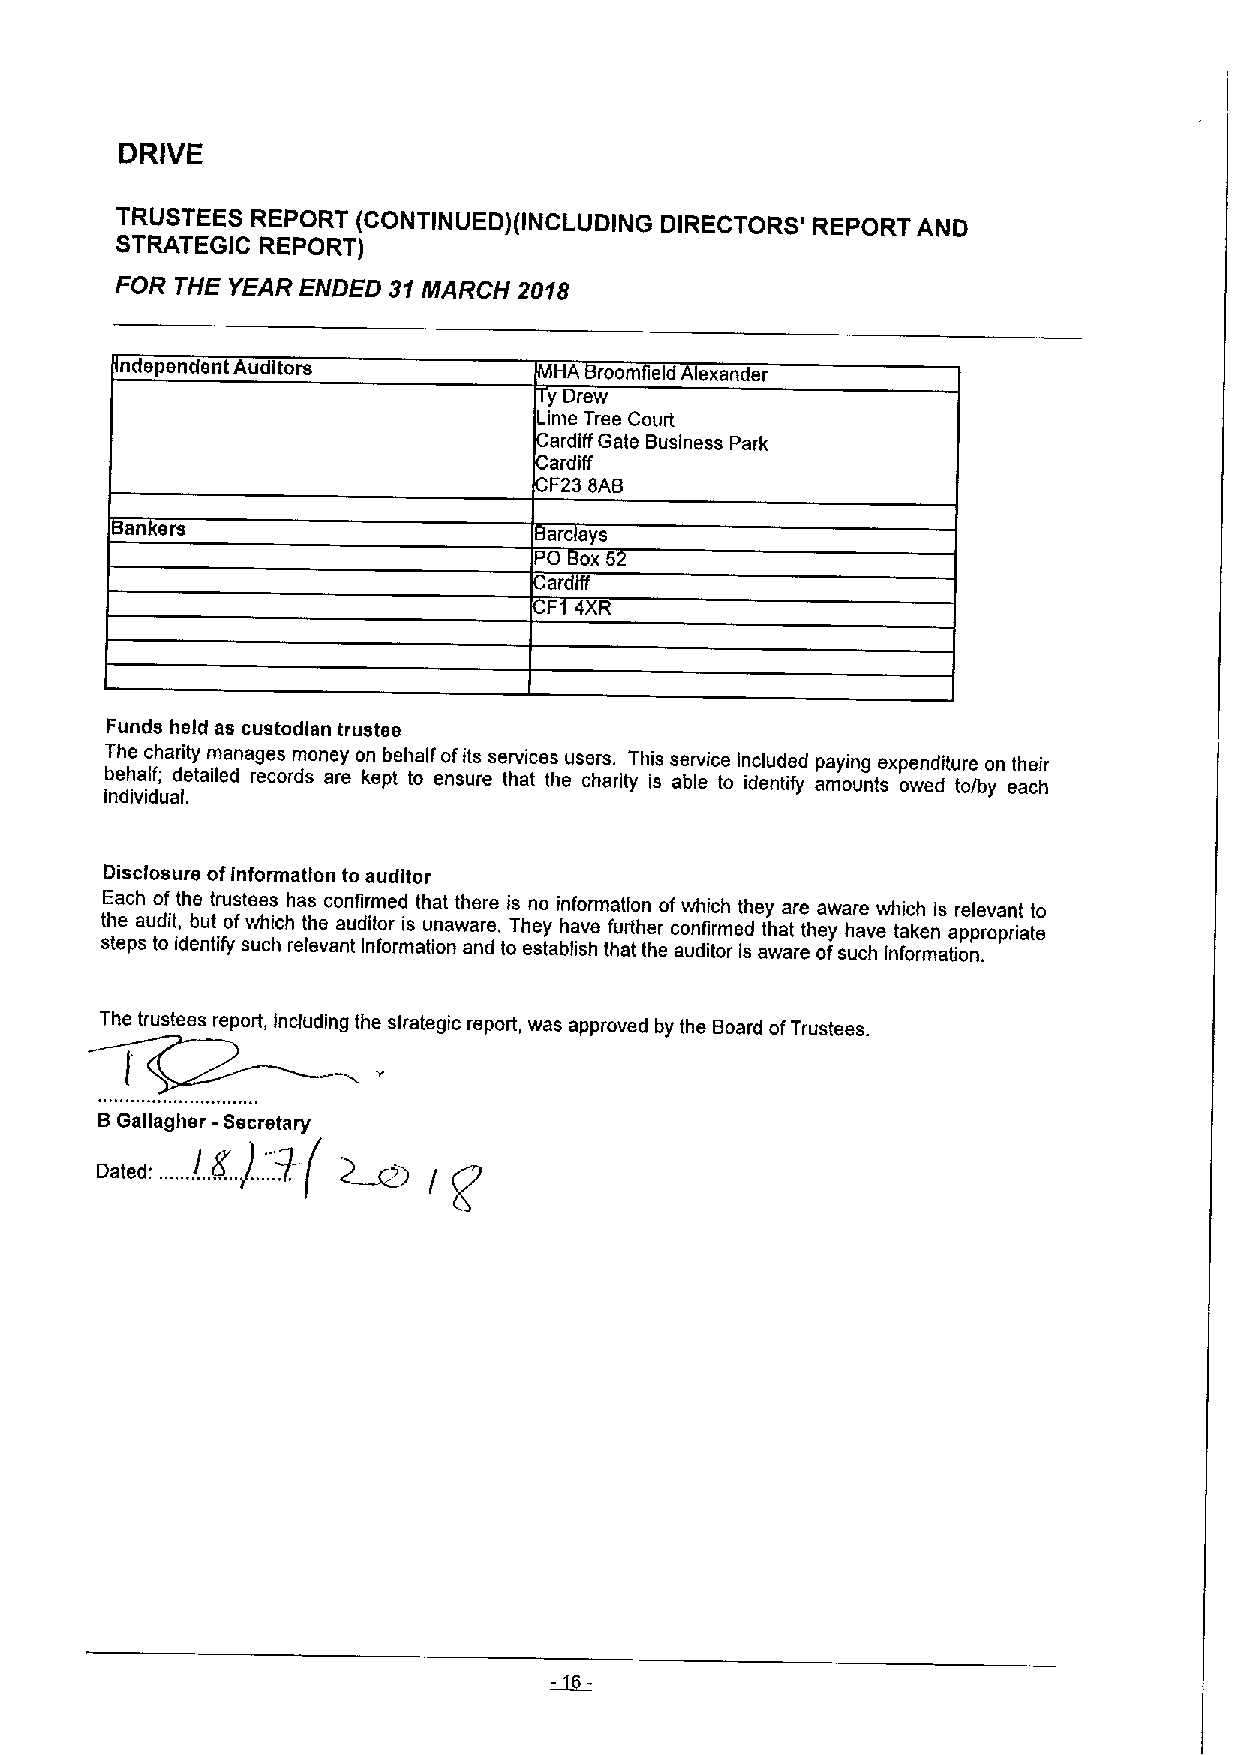
DRIVE
 TRUSTEES REPORT (CONTINUED)(INCLUDING DIRECTORS' REPORT AND
 STRATEGIC REPORT)
 FOR THE YEAR ENDED 31MARCH 2018
 ndependent Auditors          HA room ield exander
 y Drew
 Lime Tree Court
 ardiff Gate Business Park
 ardiff
 F238AB
 an ers                      arc ays
 PO ox 5
 ar
 F 4 R
 Funds held as custodian trustee
 The charity manages money on behalf ofits services users. This service included paying expenditure on their
 behalf; detailed records are kept to ensure that the charity is able to identify amounts owed to/by each
 individual.
 Disclosure ofinformation to auditor
 Each of the trustees has confirmed that there is no information ofwhich they are aware which is relevant to
 the audit, but ofwhich the auditor is unaware. They have further confirmed that they have taken appropriate
 steps to identify such relevant Information and to establish that the auditor is aware ofsuch information.
 The trustees report, including the strategic report, was approved by the Board ofTrustees.
 BGallagher -Secretary